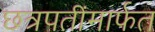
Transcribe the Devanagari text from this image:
छत्रपतींमार्फत